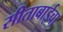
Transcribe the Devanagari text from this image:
सीताबाईचा